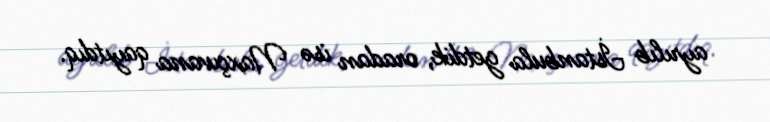
ayrılıb İstanbula getdik, oradan isə Naxçıvana qayıtdıq.